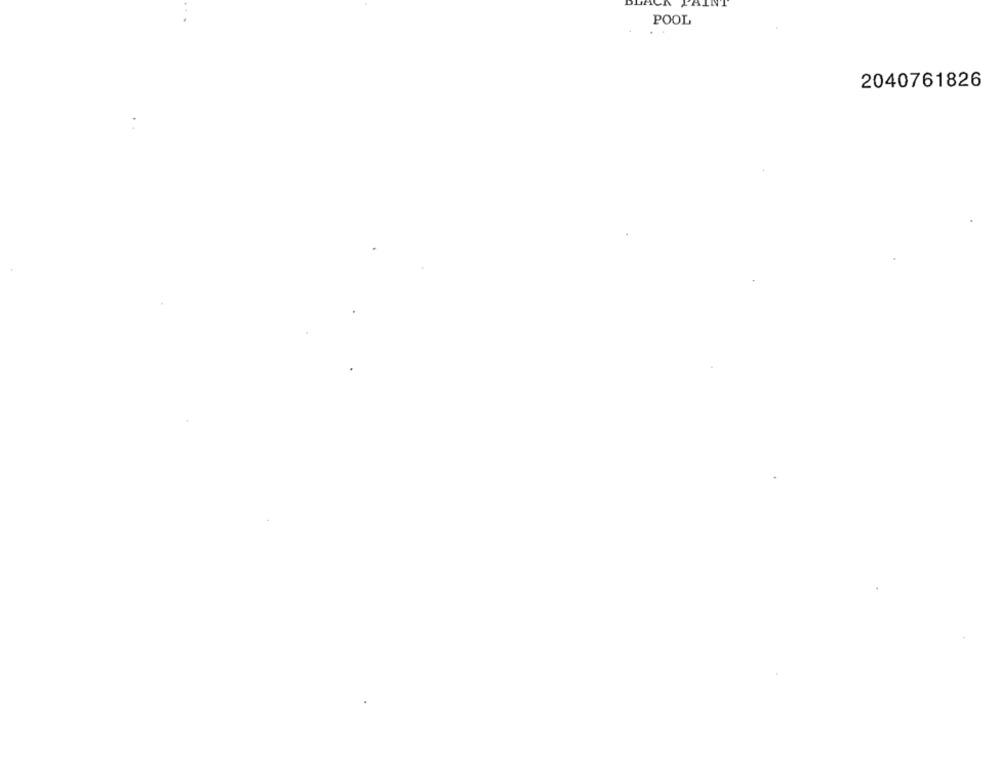
POOL
. .
2040761826